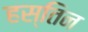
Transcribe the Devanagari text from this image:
हस्तिन